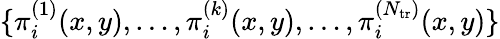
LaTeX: \begin{array}{r}{\{ \pi_{i}^{(1)}(x,y),\dots,\pi_{i}^{(k)}(x,y),\dots,\pi_{i}^{(N_{\mathrm{tr}})}(x,y)\} }\end{array}